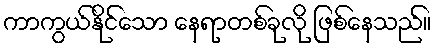
ကာကွယ်နိုင်သော နေရာတစ်ခုလို ဖြစ်နေသည်။